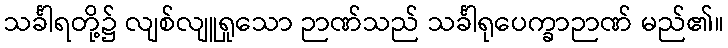
သင်္ခါရတို့၌ လျစ်လျူရှုသော ဉာဏ်သည် သင်္ခါရုပေက္ခာဉာဏ် မည်၏။